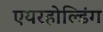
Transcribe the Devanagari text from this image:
एयरहोल्डिंग